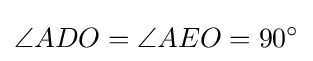
\angle ADO=\angle AEO=90^{\circ }